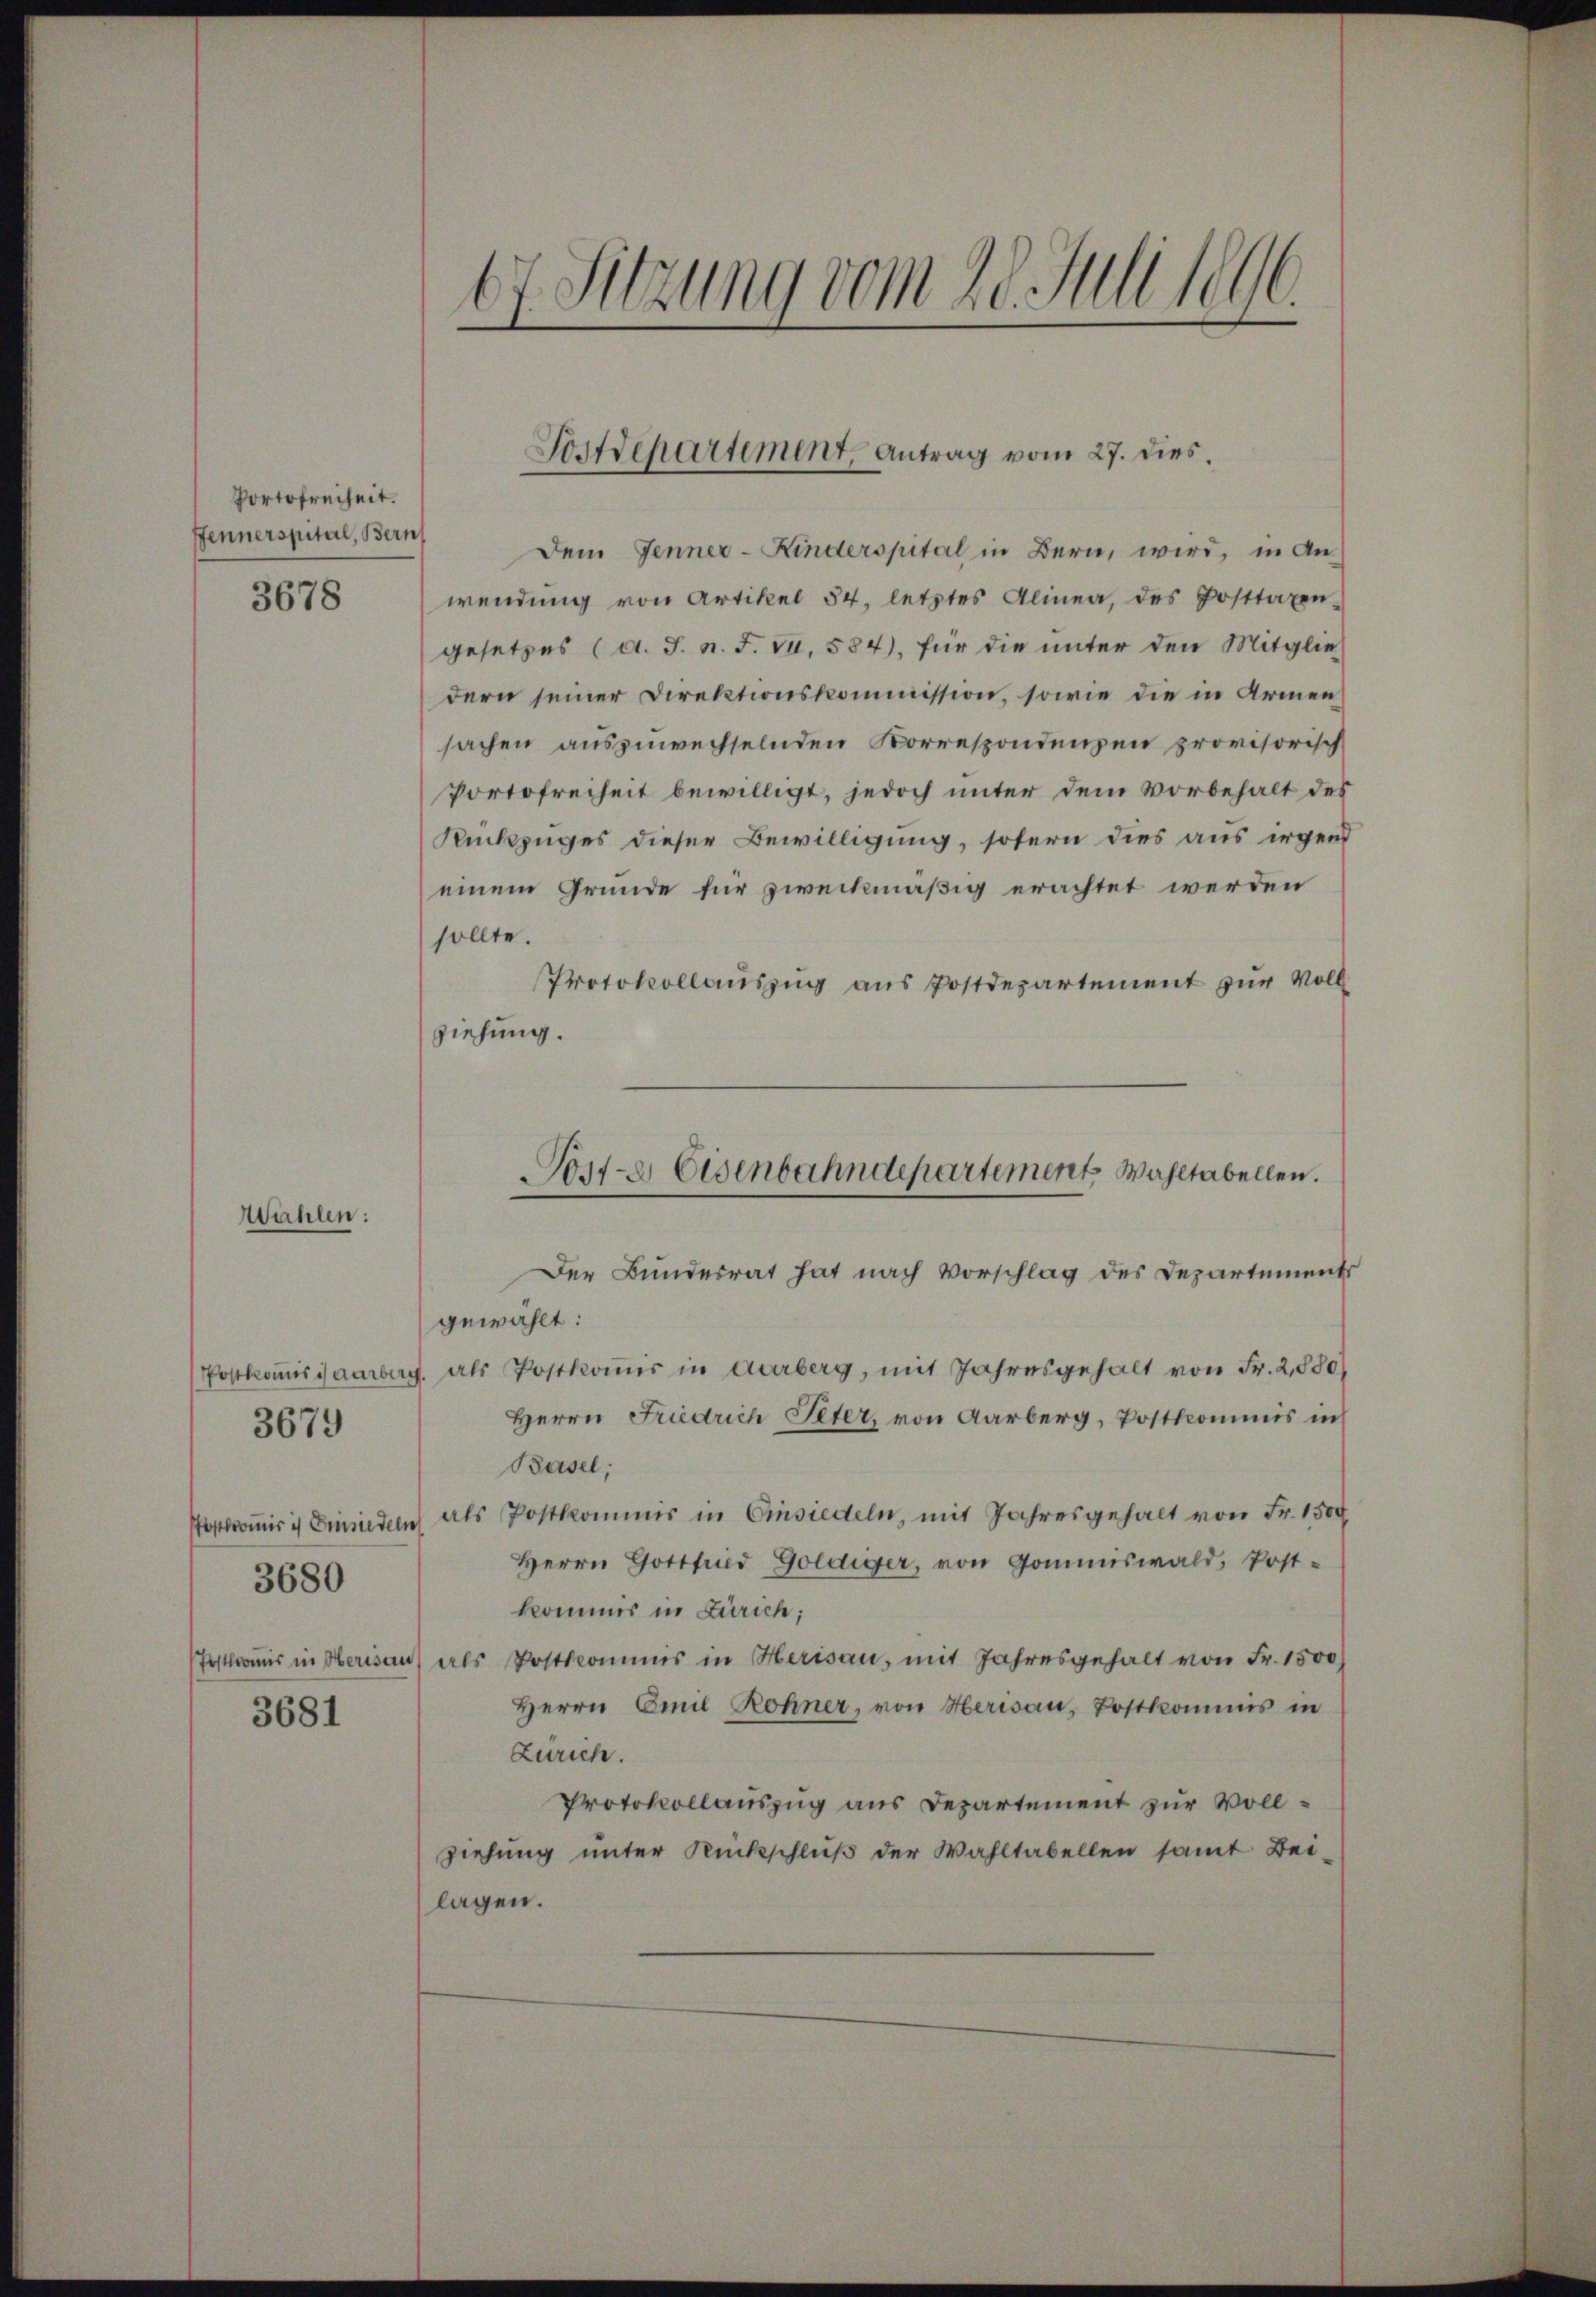
Portofreiheit.
Fennerspital, Bern
3678

Wählen:

Postromis ich Einsiedeln
3680
Postkomis in Herisau
3681

3679

67. Sitzung vom 28. Juli 1896.

Dem Jenner-Kinderspital in Bern, wird, in An-
wendung von Artikel 54. letztes Alinea, des Posttaxen
gesetzes (d. J. n. F. Fr. 584), für die unter den Mitglie
dern seiner Direktionskommission, sowie die in Armen
sachen auszuwechselnden Korrespondenzen provisorisch
Portofreiheit bewilligt, jedoch unter dem Vorbehalt des
Rückzuges dieser Bewilligung, sofern dies aus irgend
einem Grunde für zweckmäßig erachtet werden
sollte.
Protokollauszug aus Postdepartement zur Voll
ziehung.
Der Bundesrat hat nach Vorschlag des Departements
gewählt:
(Postkoṁisjaarberg als Postkoṁis in Aarberg, mit Jahresgehalt von Fr. 2,880/
Herrn Friedrich Peter, von Aarberg, Postkommis in
Basel;
als Postkommis in Einsiedeln, mit Jahresgehalt von Fr. 1500
Herrn Gottfrid Goldiger, von Gommiswald, Post-
kommis in Zürich;
als Postkommis in Herisau, mit Jahresgehalt von Fr. 1500
Herrn Emil Rohner, von Herisau, Postkommis in
Zürich.
Protokollauszug aus Departement zur Vollziehung unter Rückschluß der Wahltabellen samt Beilagen.

Sostdepartement, Antrag vom 27. dies

Post- & Eisenbahndepartement Wahltabellen.